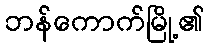
ဘန်ကောက်မြို့၏